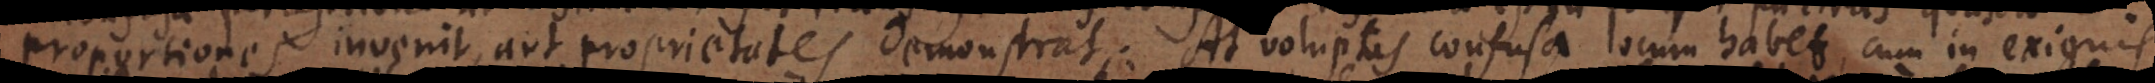
proportiones invenit, aut proprietates demonstrat. At voluptas confusa locum habet, cum in exiguis